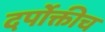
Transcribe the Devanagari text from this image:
दर्पोक्तीच